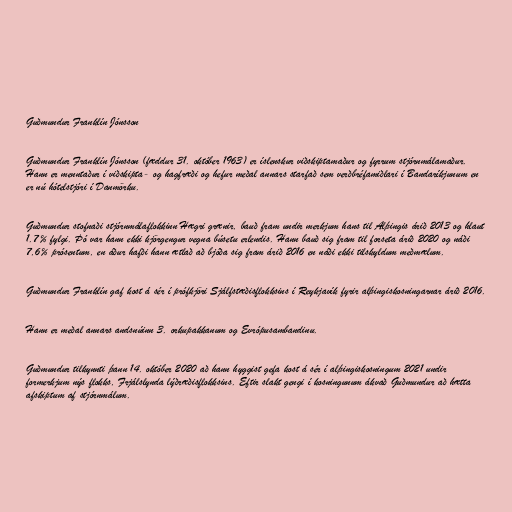
Guðmundur Franklín Jónsson

Guðmundur Franklín Jónsson (fæddur 31. október 1963) er íslenskur viðskiptamaður og fyrrum stjórnmálamaður.
Hann er menntaður í viðskipta- og hagfræði og hefur meðal annars starfað sem verðbréfamiðlari í Bandaríkjunum en
er nú hótelstjóri í Danmörku.

Guðmundur stofnaði stjórnmálaflokkinn Hægri grænir, bauð fram undir merkjum hans til Alþingis árið 2013 og hlaut
1.7% fylgi. Þó var hann ekki kjörgengur vegna búsetu erlendis. Hann bauð sig fram til forseta árið 2020 og náði
7,6% prósentum, en áður hafði hann ætlað að bjóða sig fram árið 2016 en náði ekki tilskyldum meðmælum.

Guðmundur Franklín gaf kost á sér í prófkjöri Sjálfstæðisflokksins í Reykjavík fyrir alþingiskosningarnar árið 2016.

Hann er meðal annars andsnúinn 3. orkupakkanum og Evrópusambandinu.

Guðmundur tilkynnti þann 14. október 2020 að hann hyggist gefa kost á sér í alþingiskosningum 2021 undir
formerkjum nýs flokks, Frjálslynda lýðræðisflokksins. Eftir slakt gengi í kosningunum ákvað Guðmundur að hætta
afskiptum af stjórnmálum.